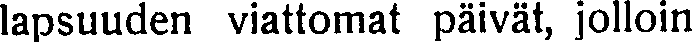
lapsuuden viattomat päivät, jolloin